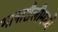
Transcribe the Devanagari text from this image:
भाषाशैलीमध्ये